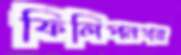
ফিলিপনগর